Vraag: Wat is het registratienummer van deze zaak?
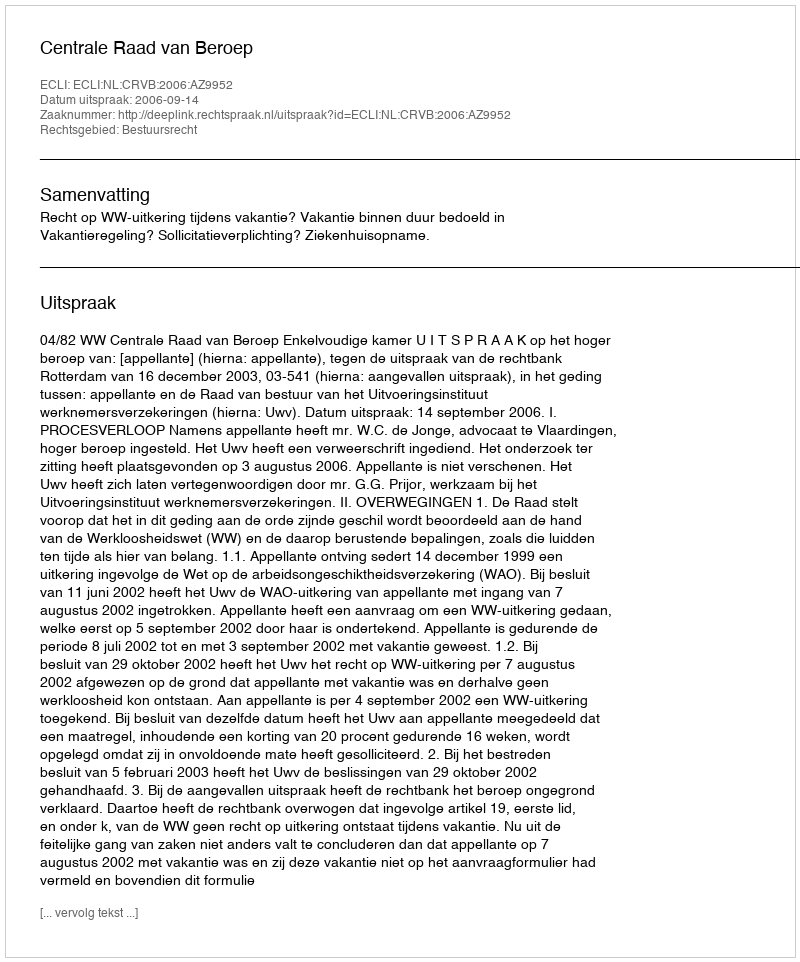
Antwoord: http://deeplink.rechtspraak.nl/uitspraak?id=ECLI:NL:CRVB:2006:AZ9952